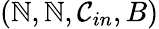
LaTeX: (\mathbb{N},\mathbb{N},\mathcal{C}_{in},B)